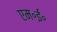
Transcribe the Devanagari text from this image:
एम॰ई॰